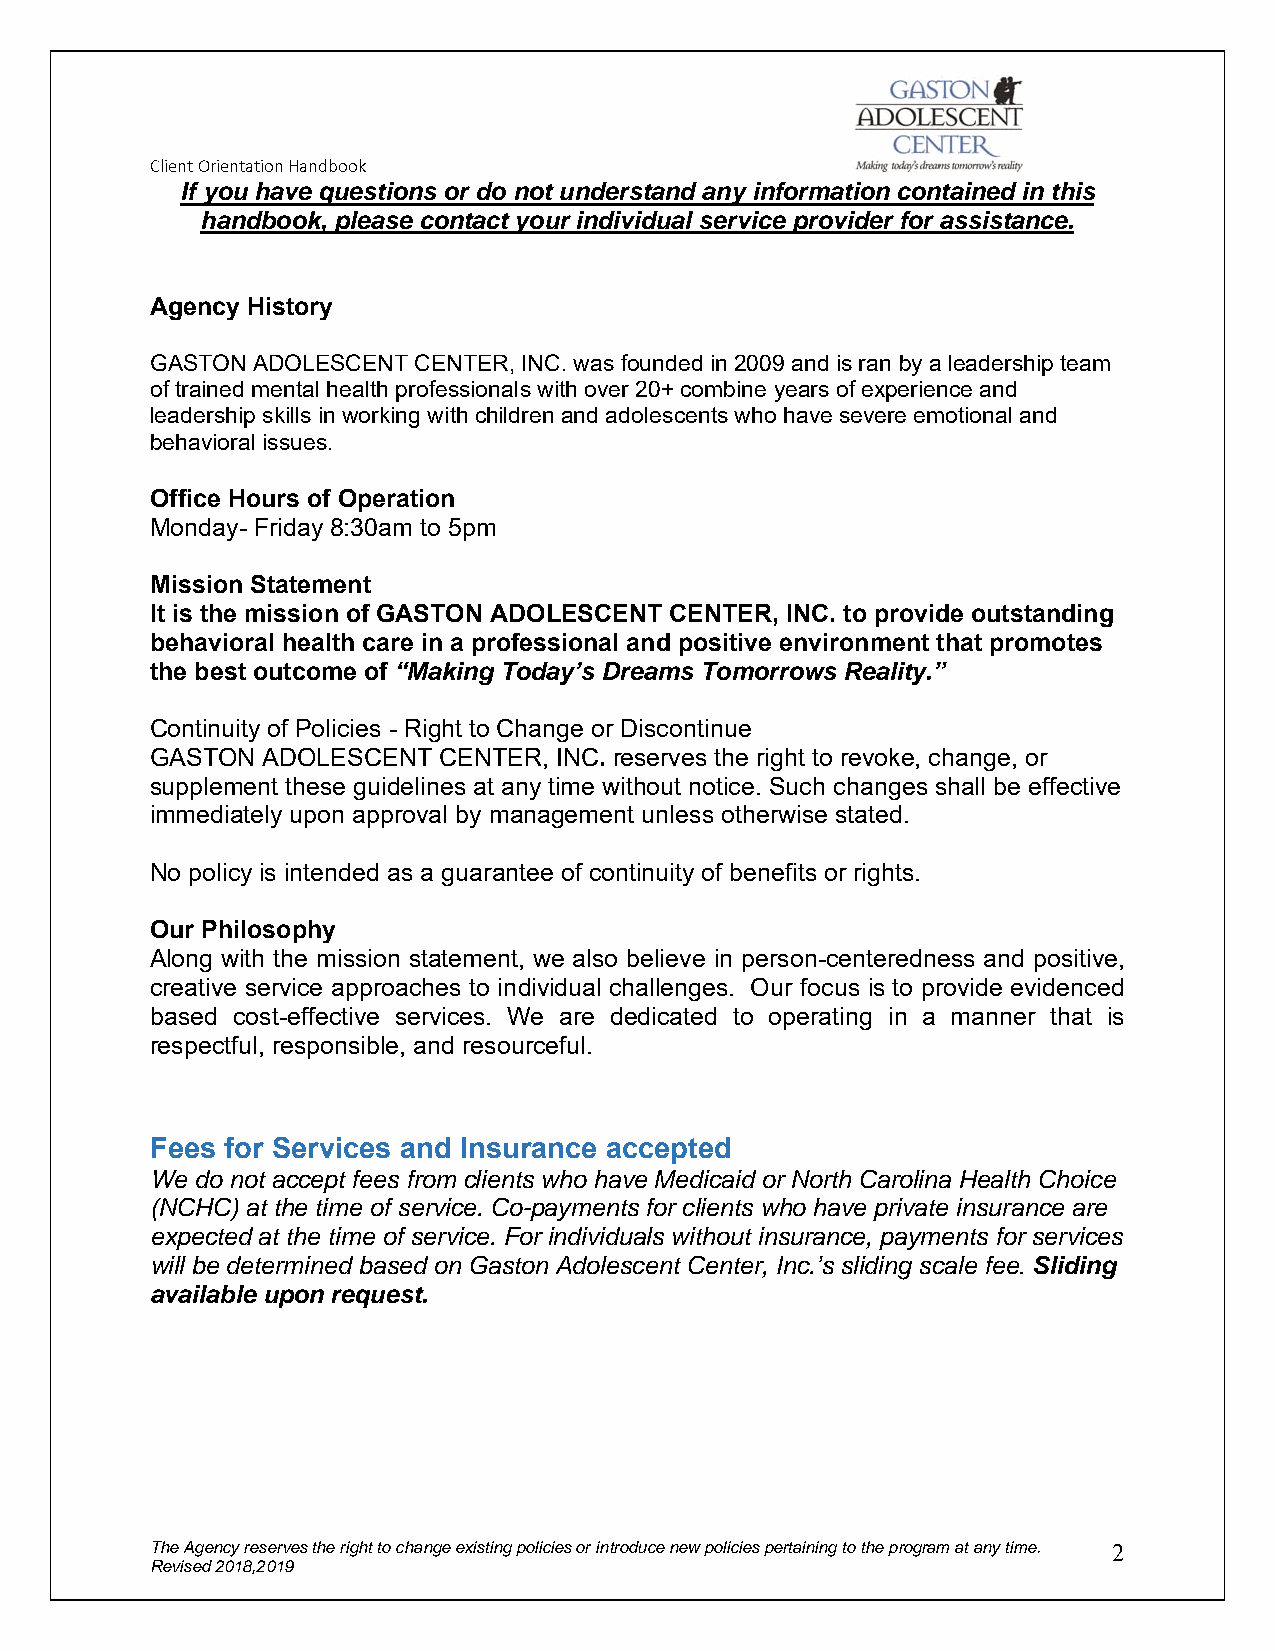
Client Orientation Handbook
 If you have questions or do not understand any information contained in this
 handbook, please contact your individual service provider for assistance.
 Agency History
 GASTON ADOLESCENT CENTER, INC. was founded in 2009 and is ran by a leadership team
 of trained mental health professionals with over 20+ combine years of experience and
 leadership skills in working with children and adolescents who have severe emotional and
 behavioral issues.
 Office Hours of Operation
 Monday- Friday 8:30am to 5pm
 Mission Statement
 It is the mission of GASTON ADOLESCENT CENTER, INC. to provide outstanding
 behavioral health care in a professional and positive environment that promotes
 the best outcome of “Making Today’s Dreams Tomorrows Reality.”
 Continuity of Policies - Right to Change or Discontinue
 GASTON ADOLESCENT  CENTER, INC. reserves the right to revoke, change, or
 supplement these guidelines at any time without notice. Such changes shall be effective
 immediately upon approval by management unless otherwise stated.
 No policy is intended as a guarantee of continuity of benefits or rights.
 Our Philosophy
 Along with the mission statement, we also believe in person-centeredness and positive,
 creative service approaches to individual challenges. Our focus is to provide evidenced
 based cost-effective services. We are dedicated to operating in a manner that is
 respectful, responsible, and resourceful.
 Fees for Services and Insurance accepted
 We do not accept fees from clients who have Medicaid or North Carolina Health Choice
 (NCHC) at the time of service. Co-payments for clients who have private insurance are
 expected at the time of service. For individuals without insurance, payments for services
 will be determined based on Gaston Adolescent Center, Inc.’s sliding scale fee. Sliding
 available upon request.
 The Agency reserves the right to change existing policies or introduce new policies pertaining to the program at any time. 2
 Revised 2018,2019